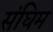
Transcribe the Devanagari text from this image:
संघिम